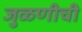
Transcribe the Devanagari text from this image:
जुळणीची